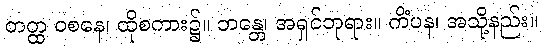
တတ္ထ ဝစနေ၊ ထိုစကား၌။ ဘန္တေ၊ အရှင်ဘုရား။ ကိံပန၊ အသို့နည်း။